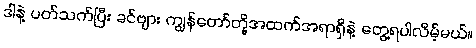
ဒါနဲ့ ပတ်သက်ပြီး ခင်ဗျား ကျွန်တော်တို့အထက်အရာရှိနဲ့ တွေ့ရပါလိမ့်မယ်။